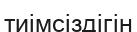
тиімсіздігін